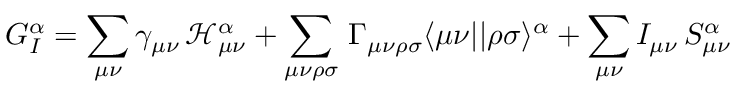
G _ { I } ^ { \alpha } = \sum _ { \mu \nu } \gamma _ { \mu \nu } \, \mathcal { H } _ { \mu \nu } ^ { \alpha } + \sum _ { \mu \nu \rho \sigma } \, \Gamma _ { \mu \nu \rho \sigma } \langle \mu \nu | | \rho \sigma \rangle ^ { \alpha } + \sum _ { \mu \nu } I _ { \mu \nu } \, S _ { \mu \nu } ^ { \alpha }